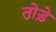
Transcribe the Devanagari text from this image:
तो़ड़े